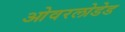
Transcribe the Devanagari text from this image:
ओवरलोडेड